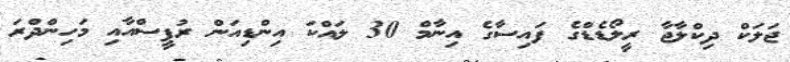
ޖަލަކް ދިކްލާޖާ ރީލޯޑެޑްގެ ފައިސާގެ އިނާމް 30 ލައްކަ އިންޑިއަން ރުޕީސްއާއި މަހިންދްރަ